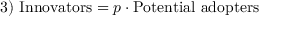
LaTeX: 3 ) \ { \mathrm { I n n o v a t o r s } } = p \cdot { \mathrm { P o t e n t i a l ~ a d o p t e r s } }